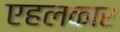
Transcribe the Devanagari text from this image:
एहलकार